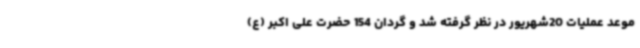
موعد عملیات 20شهریور در نظر گرفته شد و گردان 154 حضرت علی اکبر (ع)